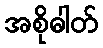
အစိုဓါတ်